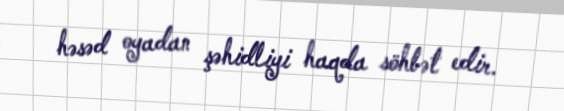
həsəd oyadan şəhidliyi haqda söhbət edir.